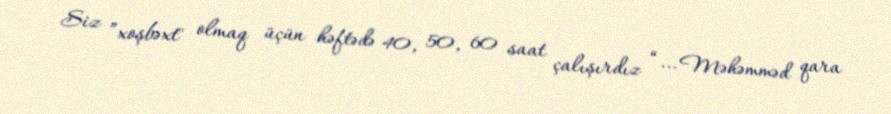
Siz ”xoşbəxt" olmaq üçün həftədə 40, 50, 60 saat çalışırdız “... Məhəmməd qara